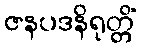
ဇနပဒနိရုတ္တိံ